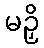
မဉှိ